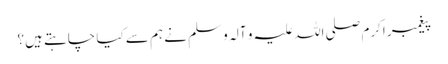
پیغمبر اکرم صلی اللہ علیہ و آلہ و سلم نے ہم سے کیا چاہتے ہیں؟